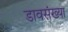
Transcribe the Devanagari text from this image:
डावसंख्या